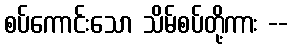
စပ်ကောင်းသော သိမ်စပ်တို့ကား --